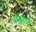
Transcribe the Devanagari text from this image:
मुंडवाने